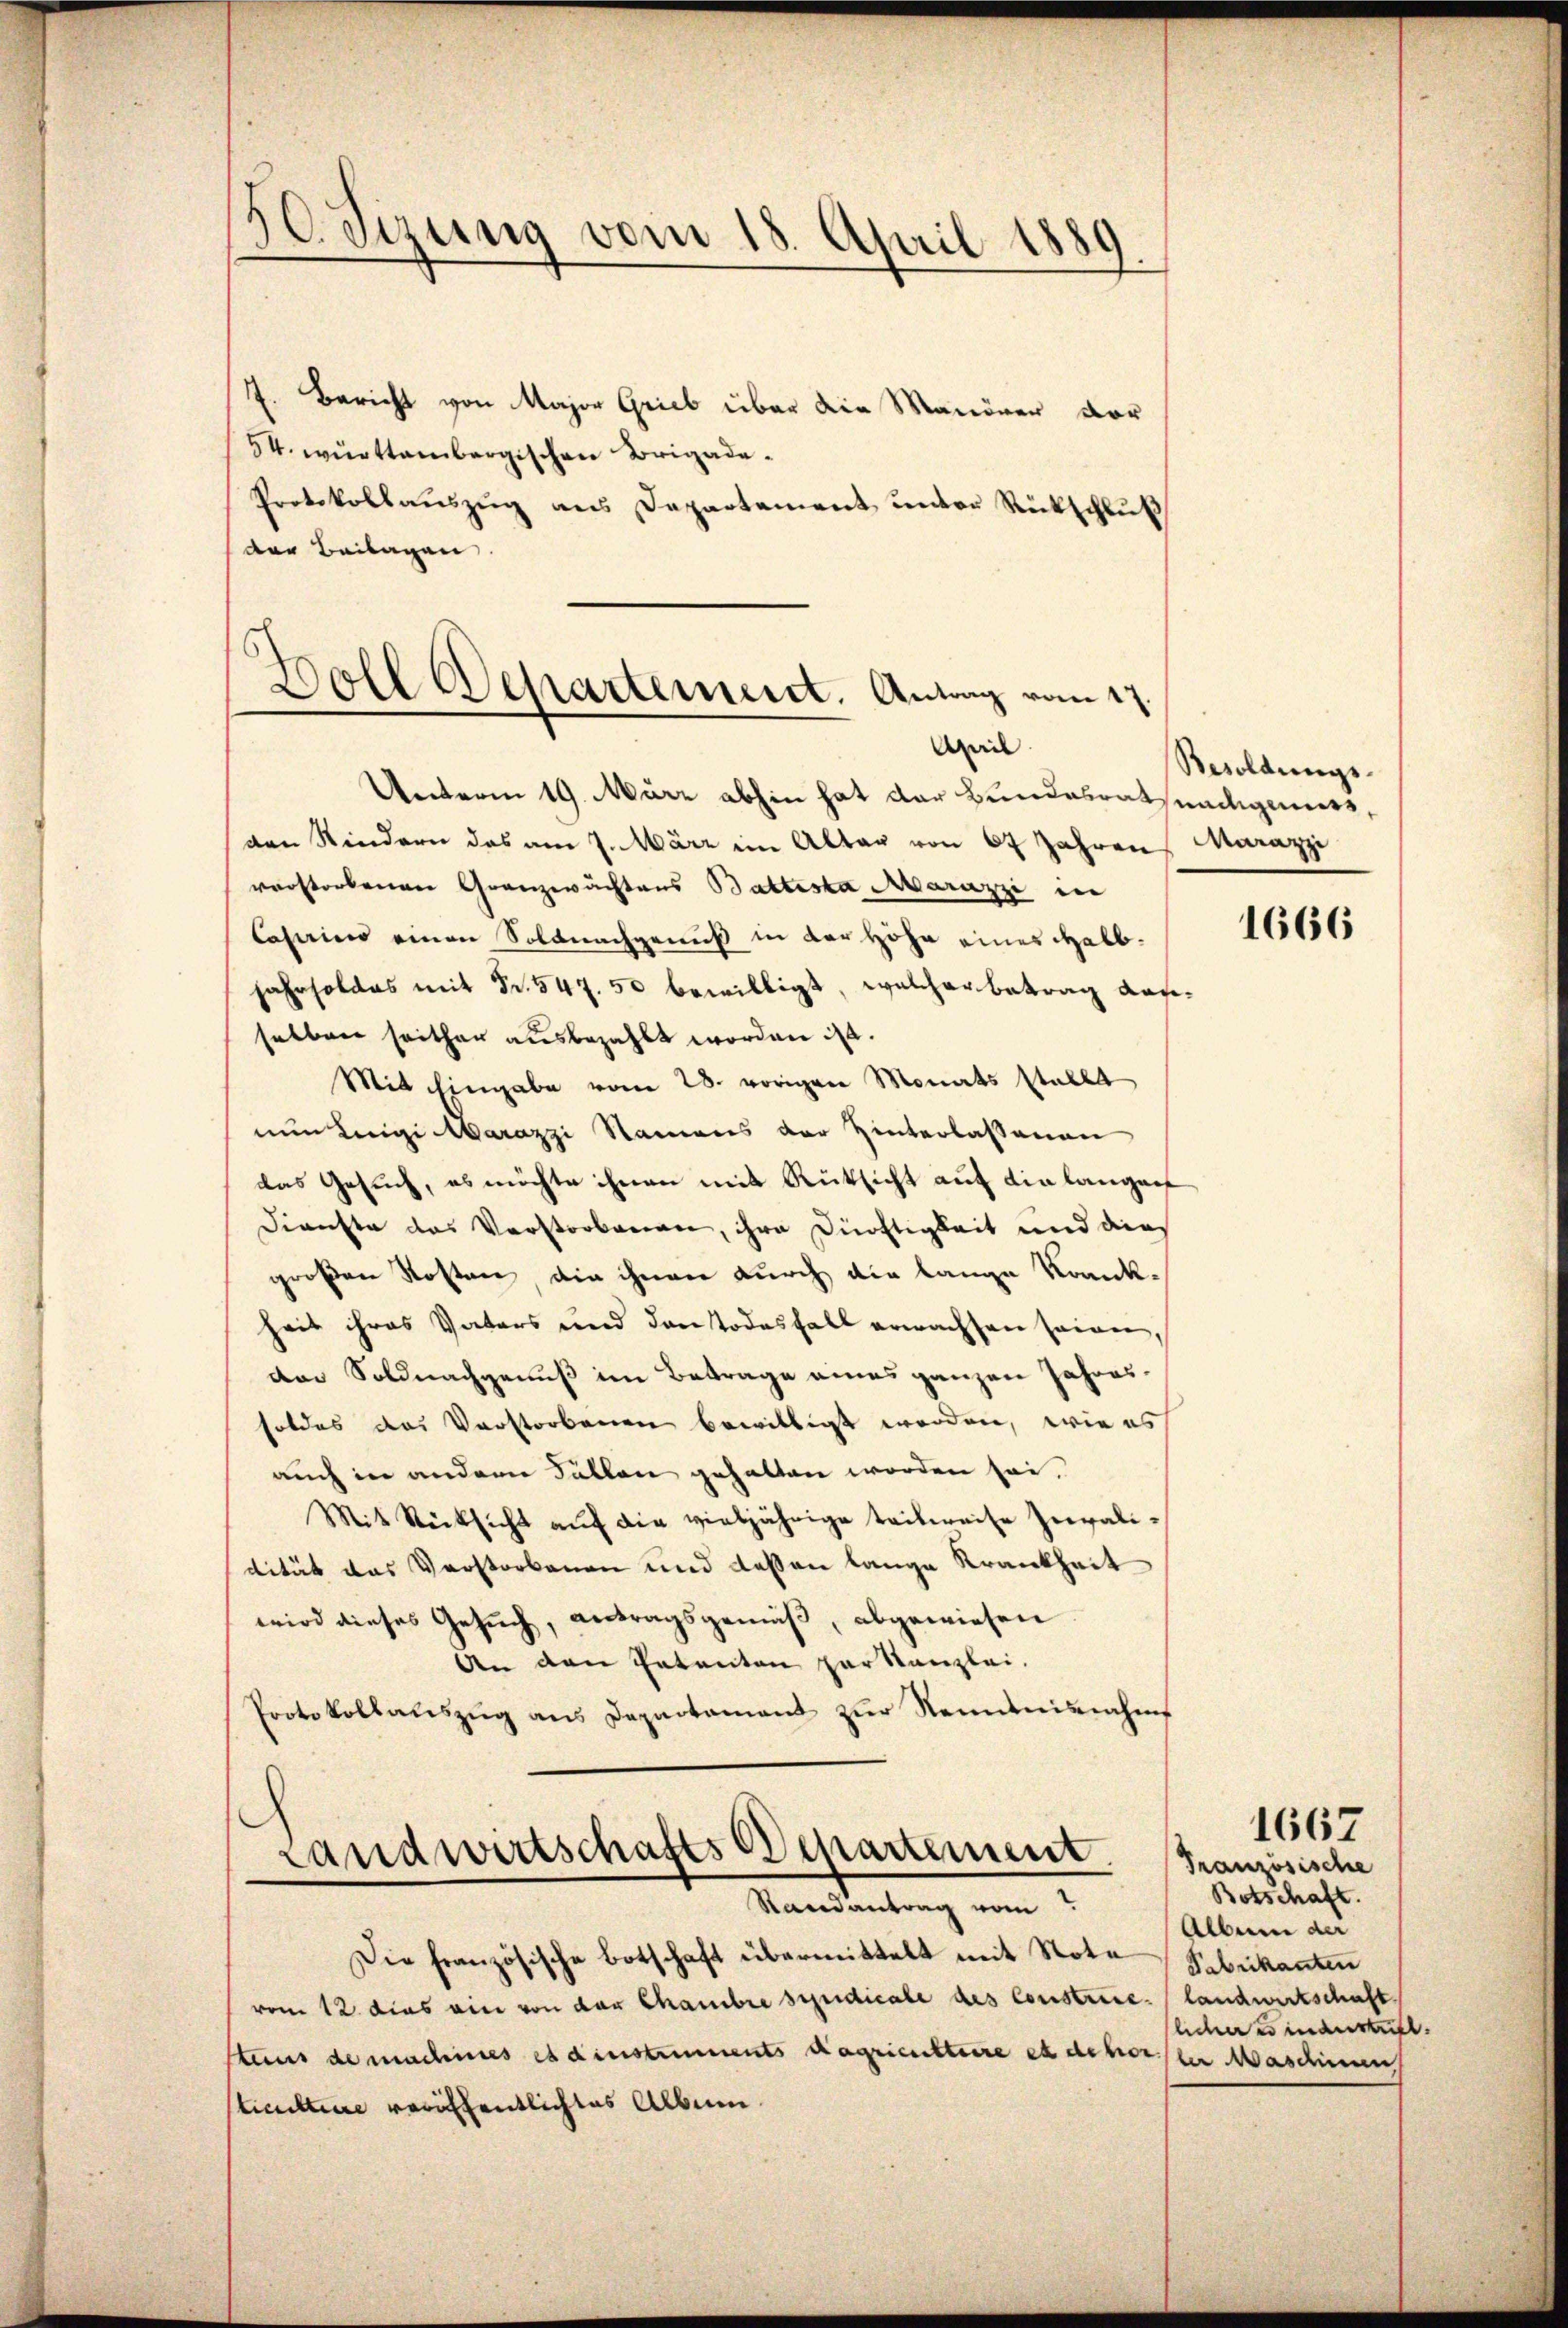
Heizung vom 18. April 1889.

7. Bericht von Major Grieb über die Manöver vor
54. württembergischen Brigade¬
Protokollaŭszŭg ans Departement ŭnter Rückschlŭβ
der Beilagen

Woll Departement. Antrag vom 17.
Mil

Unterm 19. März abhin hat der Bundesrathundeigeners,
den Kindern das am 7. März im Altar von 67 Jahren Marazzi
verstorbenen Granzwachtens Battesta Marazzi in
Casains einen Soldnachgenuß in der Höhe eines Halbjahrholdes mit Fr. 547. 50 bewilligt, welcher betrag dasselben seither ausbezahlt worden ist.
Mit Eingabe vom 28. vorigen Monats stellt
nun Leigi Marazzi Namens der Hinterlassenen
das Gesuch, es möchte ihnen mit Rücksicht auf die langen
Dienste das Verstorbenen, ihre Dürftigkeit und dies
großen Kosten, die ihnen durch die lange Krankheit ihres Vaters und den Todesfall erwachsen seien,
der Soldnachgenuß im Betrage eines ganzen Jahressoldes das Verstorbenen bewilligt werden, wie es
auch in andern Fallen gehalten worden sei.
Mit Rücksicht auf die vieljährige teilweise Invalidität das Verstorbenen und dessen lange Krankheit
wird dieses Gesŭch, antragsgemäß, abgewiesen.
den den Patenten zur Kanzlei-
Protokollaŭszŭg ans Departament zŭr Nenntnisnahms

Landwirtschafts Departement
Randantrag vom

Die französische Botschaft übermittelt mit Note
vom 12. dies ein von der Chambre syndicale des Constrecktuns de machines es dinstimments dagriensteire et dehorster Maschinen
sticultiere veröffentlichtes Album

Besoldungs-

1666

Französische
Botschaft.
Albern der
Fabrikanten
landwirtschaft
licher einaustritt.

1667